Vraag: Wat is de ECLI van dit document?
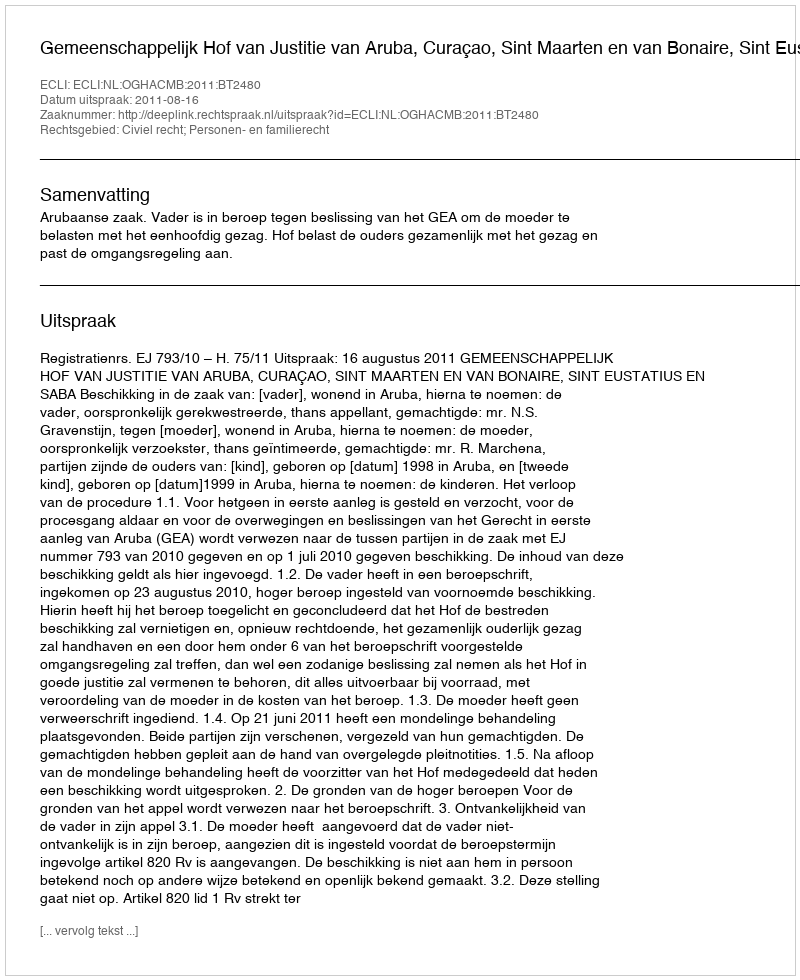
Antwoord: ECLI:NL:OGHACMB:2011:BT2480